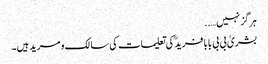
ہرگز نہیں…..
بشریٰ بی بی بابا فریدؒ کی تعلیمات کی سالک و مرید ہیں۔